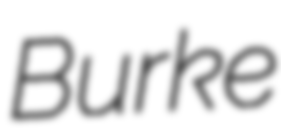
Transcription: Burke